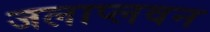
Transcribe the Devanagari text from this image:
जलाप्लवन